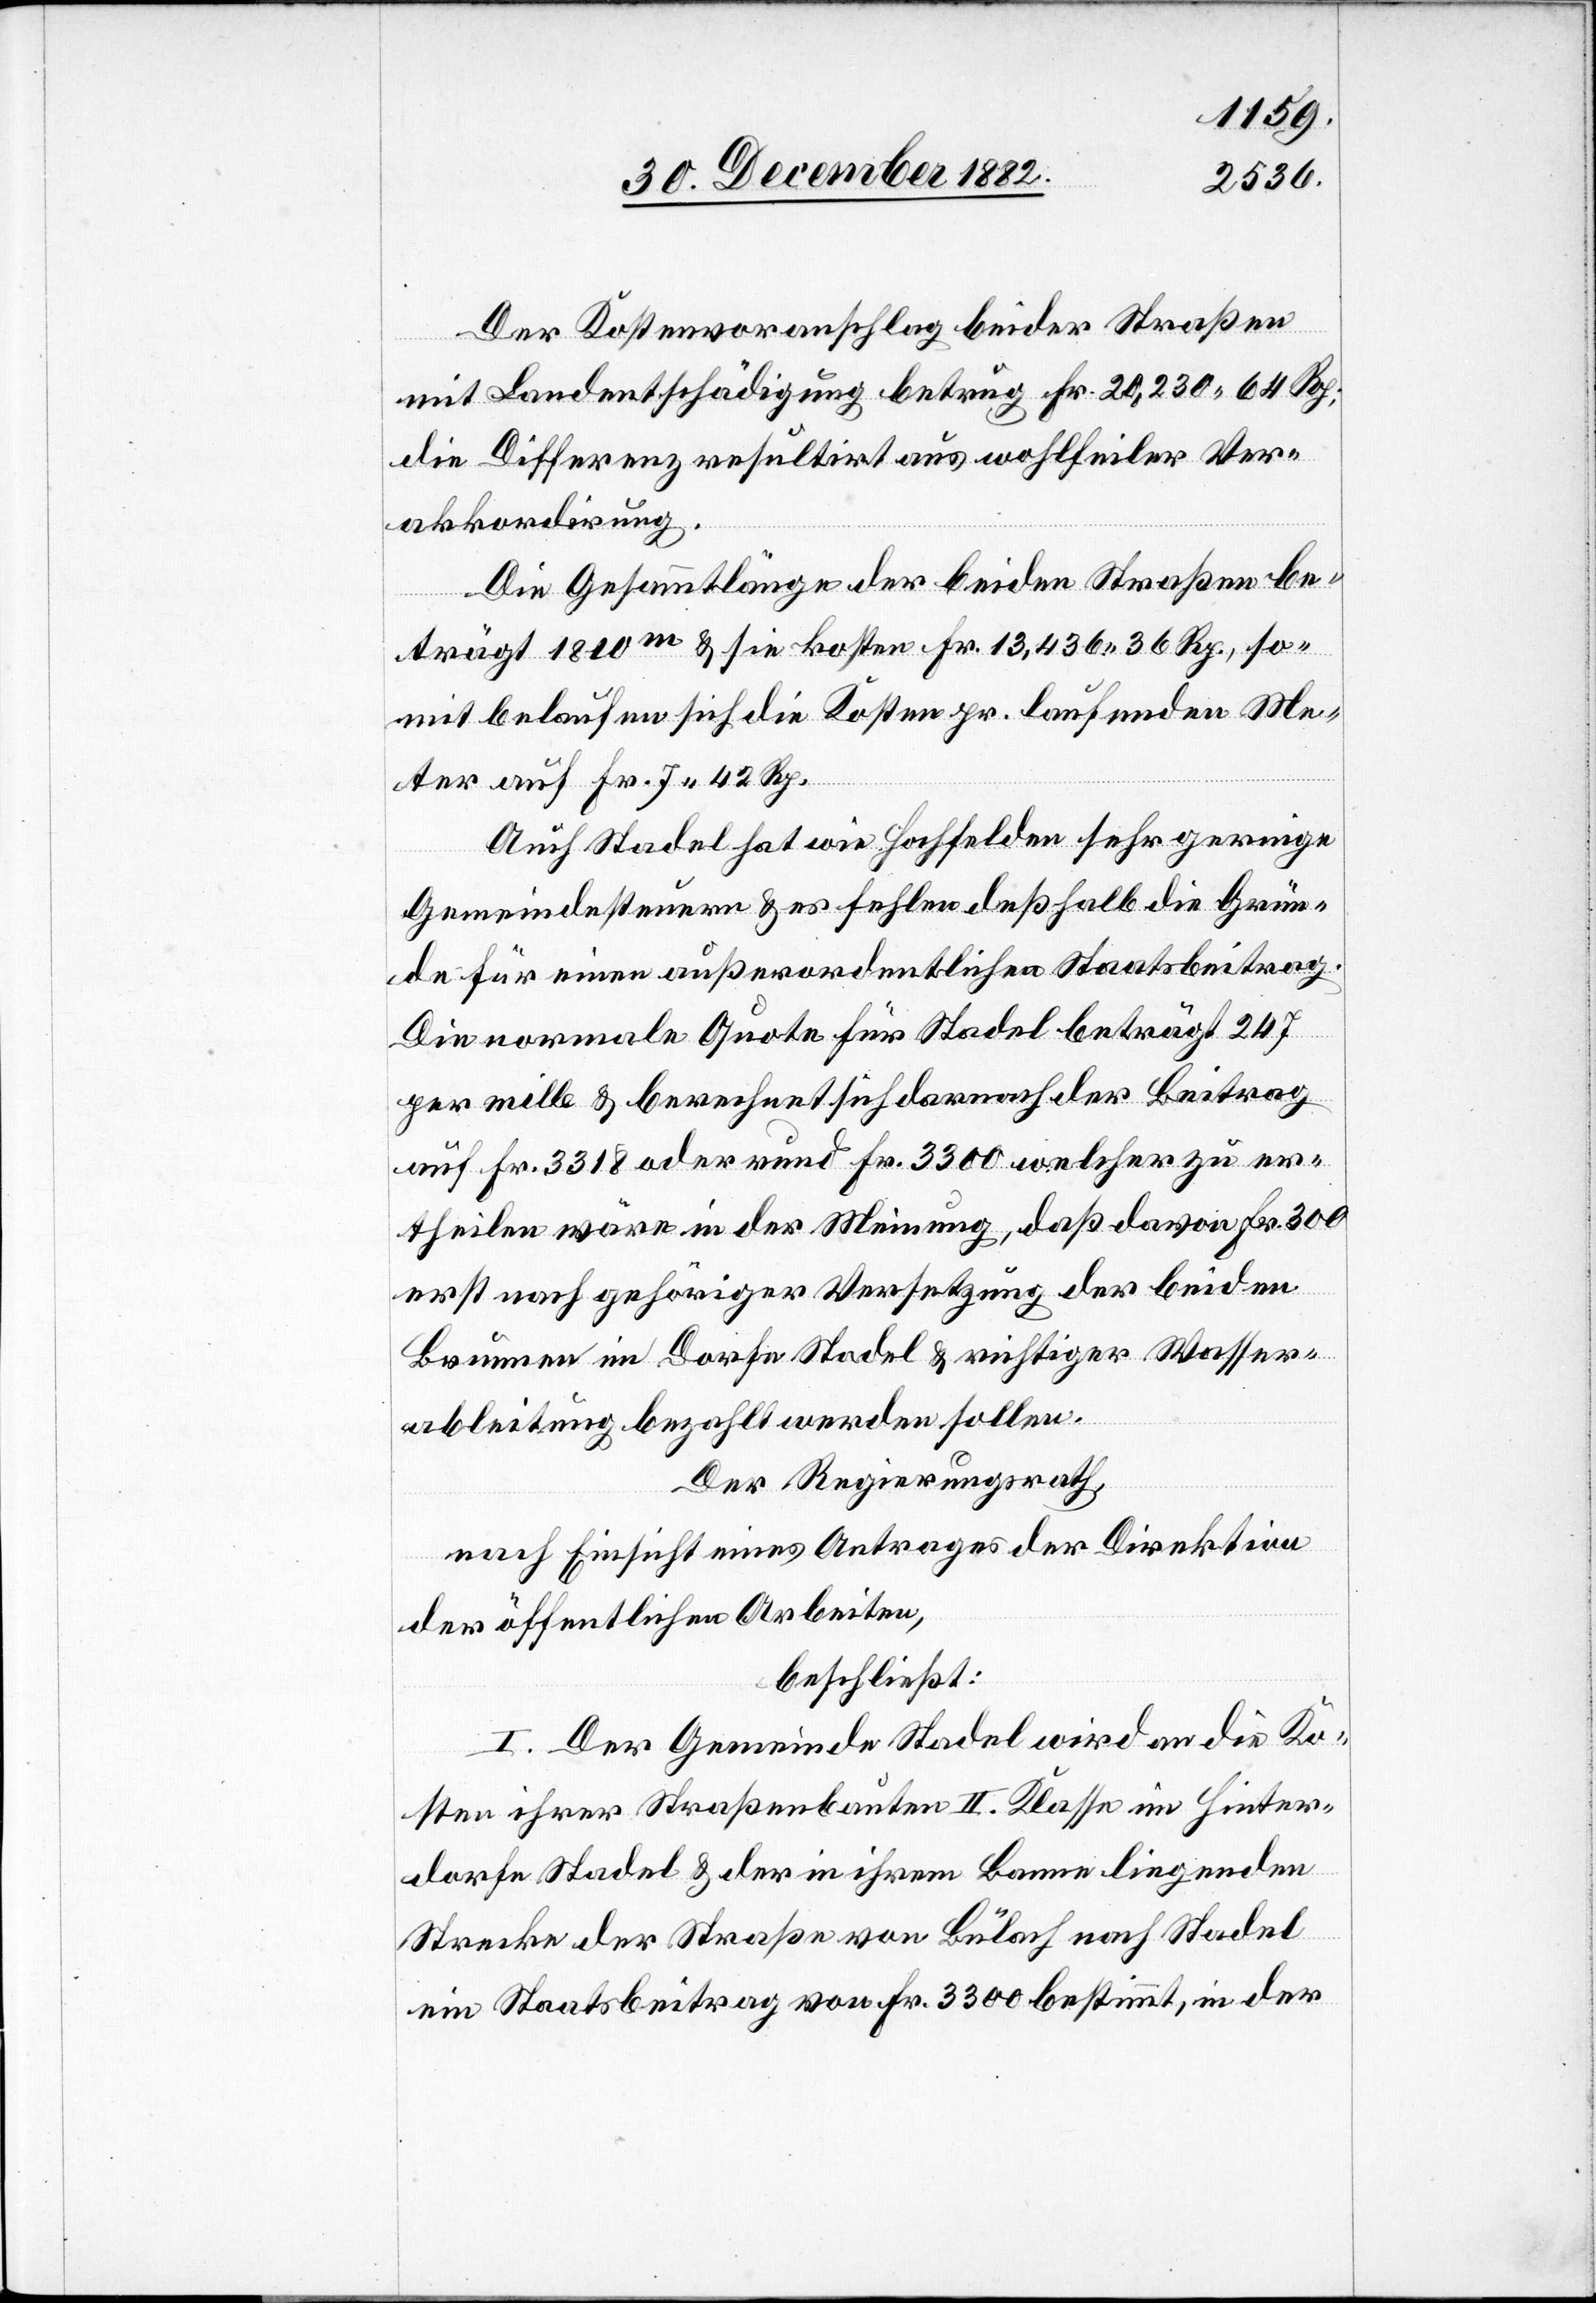
Der Kostenvoranschlag beider Straßen
mit Landentschädigung betrug Fr. 20,230 64 Rp.;
die Differenz resultirt aus sohlfeiler Ver¬
akkordirung.
Die Gesammtlänge der beiden Straßen be¬
trägt 1810m & sie kosten Fr. 13,436 36 Rp., so¬
mit belaufen sich die Kosten pr. laufenden Me¬
ter auf Fr. 7 42 Rp.
Auch Stadel hat wie Hochfelden sehr geringe
Gemeindesteuern & es fehlen deßhalb die Grün¬
de für einen außerordentlichen Staatsbeitrag.
Die normale Quote für Stadel beträgt 247
per mille & berechnet sich darnach der Beitrag
auf Fr. 3318 oder rund Fr. 3300 welcher zu er¬
theilen wäre in der Meinung, daß davon Fr. 300
erst nach gehöriger Versetzung der beiden
Brunnen im Dorfe Stadel & richtiger Wasser¬
ableitung bezahlt werden sollen.
Der Regierungsrath,
nach Einsicht eines Antrages der Direktion
der öffentlichen Arbeiten,
beschließt:
I. Der Gemeinde Stadel wird an die Ko¬
sten ihrer Straßenbaute II. Klasse im Hinter¬
dorfe Stadel & der in ihrem Banne liegenden
Strecke der Straße von Bülach nach Stadel
ein Staatsbeitrag von Fr. 3300 bestimmt, in der